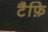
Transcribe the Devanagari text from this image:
टैफ़ि